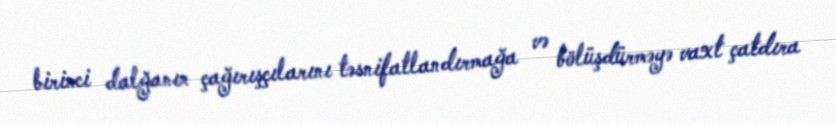
birinci dalğanın çağırışçılarını təsnifatlandırmağa və bölüşdürməyə vaxt çatdıra